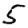
Digit: 5